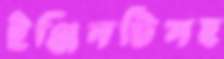
ইঞ্জিনটিসহ